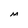
Character: M